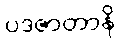
ပဒဇာတာနိ